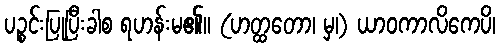
ပဉ္စင်းပြုပြီးခါစ ရဟန်းမ၏။ (ဟတ္ထတော၊ မှ၊) ယာဝကာလိကေပိ၊